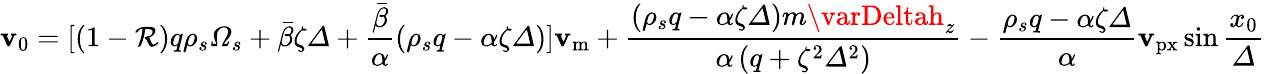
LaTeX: \mathbf{v}_{0}=[\left(1-\mathcal{{R}}\right)q\rho_{s}\varOmega_{s}+\bar{{\beta}}\zeta\varDelta+\frac{{\bar{{\beta}}}}{{\alpha}}\left(\rho_{s}q-\alpha\zeta\varDelta\right)]\mathbf{v}_{\mathrm{{m}}}+\frac{{\left(\rho_{s}q-\alpha\zeta\varDelta\right)m\varDeltah_{z}}}{{\alpha\left(q+\zeta^{2}\varDelta^{2}\right)}}-\frac{{\rho_{s}q-\alpha\zeta\varDelta}}{{\alpha}}\mathbf{v}_{\mathrm{{px}}}\sin\frac{{x_{0}}}{{\varDelta}}